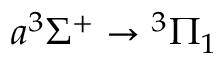
a ^ { 3 } \Sigma ^ { + } \rightarrow { ^ 3 \Pi _ { 1 } }